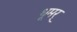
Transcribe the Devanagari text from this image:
धूमर्